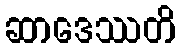
ဆာဒေဿတိ